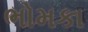
ભોમકા